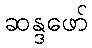
ဆန္ဒဖော်